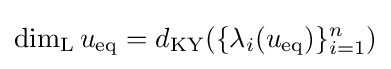
\dim _{\rm {L}}u_{\text{eq}}=d_{\rm {KY}}(\{\lambda _{i}(u_{\text{eq}})\}_{i=1}^{n})